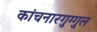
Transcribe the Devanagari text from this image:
कांचनारगुग्गुल